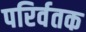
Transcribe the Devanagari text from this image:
परिर्वतक